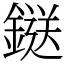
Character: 鎹